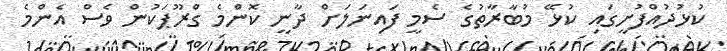
ކުޅުދުއްފުށީގައި ކުޅޭ މުބާރާތުގެ ސެމީ ފައިނަލަށް ދާނީ ކޮންމެ ގްރޫޕަކުން ވެސް އެންމެ